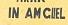
in